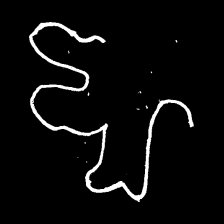
Pyu character \u2014 Myanmar letter: ဈ (romanized: jha)